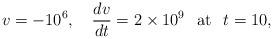
LaTeX: \begin{align*}v=-10^{6},\quad \frac{dv}{dt}=2\times 10^9 \hspace{3mm}\textrm{at}\hspace{3mm}t=10,\end{align*}